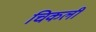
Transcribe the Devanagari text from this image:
चिकली